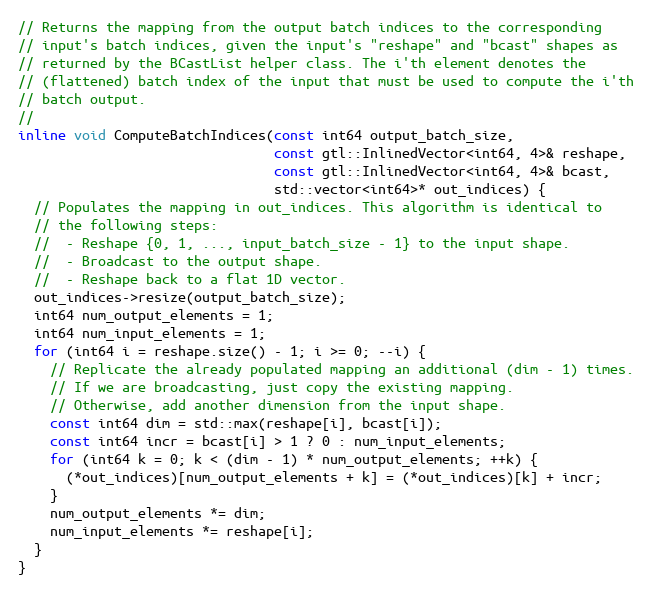
Language: C
// Returns the mapping from the output batch indices to the corresponding
// input's batch indices, given the input's "reshape" and "bcast" shapes as
// returned by the BCastList helper class. The i'th element denotes the
// (flattened) batch index of the input that must be used to compute the i'th
// batch output.
//
inline void ComputeBatchIndices(const int64 output_batch_size,
                                const gtl::InlinedVector<int64, 4>& reshape,
                                const gtl::InlinedVector<int64, 4>& bcast,
                                std::vector<int64>* out_indices) {
  // Populates the mapping in out_indices. This algorithm is identical to
  // the following steps:
  //  - Reshape {0, 1, ..., input_batch_size - 1} to the input shape.
  //  - Broadcast to the output shape.
  //  - Reshape back to a flat 1D vector.
  out_indices->resize(output_batch_size);
  int64 num_output_elements = 1;
  int64 num_input_elements = 1;
  for (int64 i = reshape.size() - 1; i >= 0; --i) {
    // Replicate the already populated mapping an additional (dim - 1) times.
    // If we are broadcasting, just copy the existing mapping.
    // Otherwise, add another dimension from the input shape.
    const int64 dim = std::max(reshape[i], bcast[i]);
    const int64 incr = bcast[i] > 1 ? 0 : num_input_elements;
    for (int64 k = 0; k < (dim - 1) * num_output_elements; ++k) {
      (*out_indices)[num_output_elements + k] = (*out_indices)[k] + incr;
    }
    num_output_elements *= dim;
    num_input_elements *= reshape[i];
  }
}